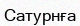
Сатурнға